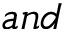
a n d